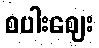
စပါးဈေး